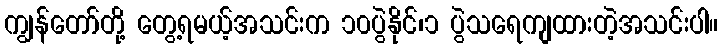
ကျွန်တော်တို့ တွေ့ရမယ့်အသင်းက ၁၀ပွဲနိုင်၊၁ ပွဲသရေကျထားတဲ့အသင်းပါ။